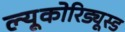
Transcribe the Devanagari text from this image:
ल्यूकोरिड्यूस्ड